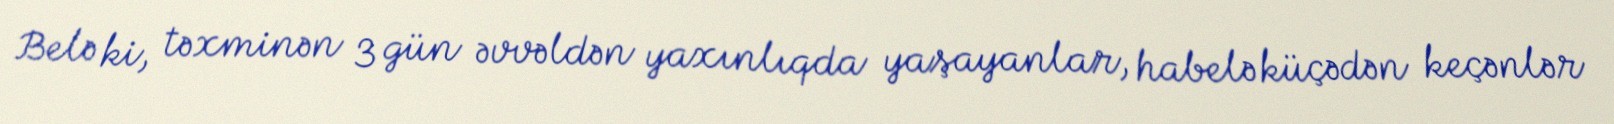
Belə ki, təxminən 3 gün əvvəldən yaxınlıqda yaşayanlar, habelə küçədən keçənlər